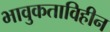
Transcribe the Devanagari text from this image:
भावुकताविहीन